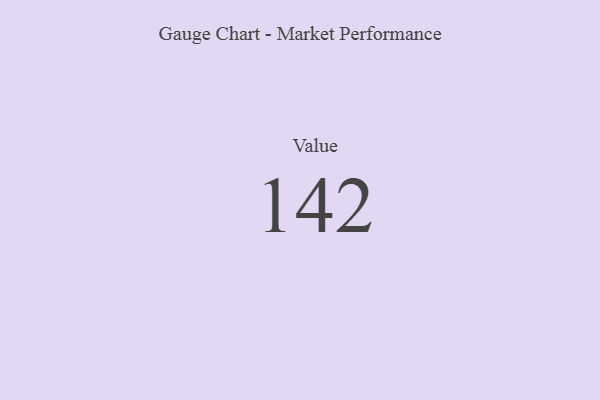
{"axis": {"x": "Metric", "y": "Value"}, "legend": [""], "data": [{"x": "Value", "y": 142, "type": ""}]}